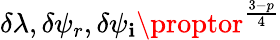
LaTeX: \delta\lambda,\delta\psi_{r},\delta\psi_{\mathbf{i}}\proptor^{\frac{{3-p}}{{4}}}